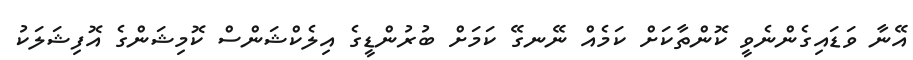
އޭނާ ވަޑައިގެންނެވީ ކޮންތާކަށް ކަމެއް ނޭނގޭ ކަމަށް ބުރުންޑީގެ އިލެކްޝަންސް ކޮމިޝަންގެ އޮފިޝަލަކު